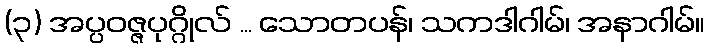
(၃) အပ္ပဝဇ္ဇပုဂ္ဂိုလ် ... သောတပန်၊ သကဒါဂါမ်၊ အနာဂါမ်။